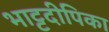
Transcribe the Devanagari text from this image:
भाट्टदीपिका